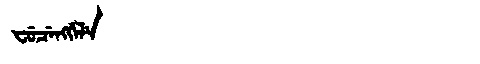
Manchu: ᠸᡠᠴᡝᠩᡤᡝᠯᡝ
Romanization: FUCENGGELE